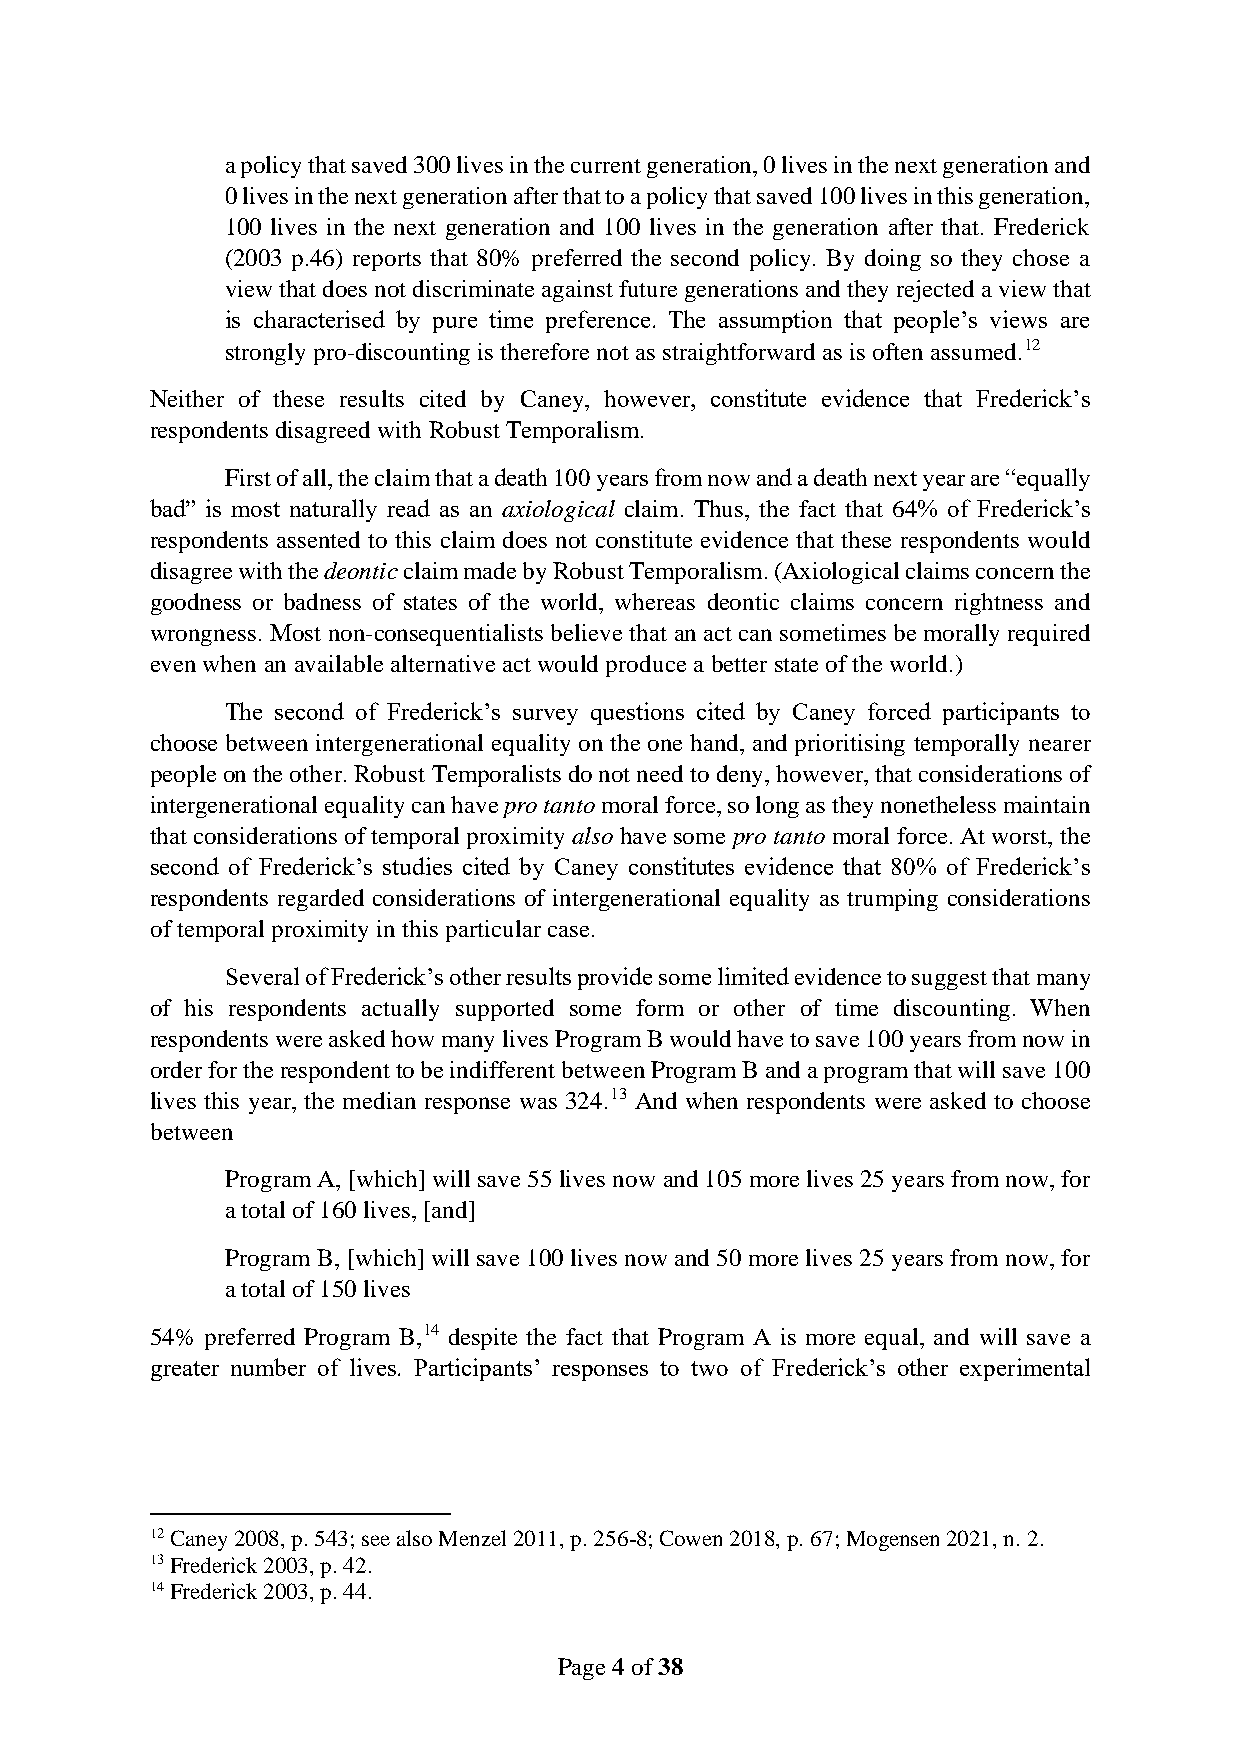
a policy that saved 300 lives in the current generation, 0 lives in the next generation and
 0 lives in the next generation after that to a policy that saved 100 lives in this generation,
 100 lives in the next generation and 100 lives in the generation after that. Frederick
 (2003 p.46) reports that 80% preferred the second policy. By doing so they chose a
 view that does not discriminate against future generations and they rejected a view that
 is characterised by pure time preference. The assumption that people’s views are
 strongly pro-discounting is therefore not as straightforward as is often assumed.12
 Neither of these results cited by Caney, however, constitute evidence that Frederick’s
 respondents disagreed with Robust Temporalism.
 First of all, the claim that a death 100 years from now and a death next year are “equally
 bad” is most naturally read as an axiological claim. Thus, the fact that 64% of Frederick’s
 respondents assented to this claim does not constitute evidence that these respondents would
 disagree with the deontic claim made by Robust Temporalism. (Axiological claims concern the
 goodness or badness of states of the world, whereas deontic claims concern rightness and
 wrongness. Most non-consequentialists believe that an act can sometimes be morally required
 even when an available alternative act would produce a better state of the world.)
 The second of Frederick’s survey questions cited by Caney forced participants to
 choose between intergenerational equality on the one hand, and prioritising temporally nearer
 people on the other. Robust Temporalists do not need to deny, however, that considerations of
 intergenerational equality can have pro tanto moral force, so long as they nonetheless maintain
 that considerations of temporal proximity also have some pro tanto moral force. At worst, the
 second of Frederick’s studies cited by Caney constitutes evidence that 80% of Frederick’s
 respondents regarded considerations of intergenerational equality as trumping considerations
 of temporal proximity in this particular case.
 Several of Frederick’s other results provide some limited evidence to suggest that many
 of his respondents actually supported some form or other of time discounting. When
 respondents were asked how many lives Program B would have to save 100 years from now in
 order for the respondent to be indifferent between Program B and a program that will save 100
 lives this year, the median response was 324.13 And when respondents were asked to choose
 between
 Program A, [which] will save 55 lives now and 105 more lives 25 years from now, for
 a total of 160 lives, [and]
 Program B, [which] will save 100 lives now and 50 more lives 25 years from now, for
 a total of 150 lives
 54% preferred Program B,14 despite the fact that Program A is more equal, and will save a
 greater number of lives. Participants’ responses to two of Frederick’s other experimental
 12 Caney 2008, p. 543; see also Menzel 2011, p. 256-8; Cowen 2018, p. 67; Mogensen 2021, n. 2.
 13 Frederick 2003, p. 42.
 14 Frederick 2003, p. 44.
 Page 4 of 38